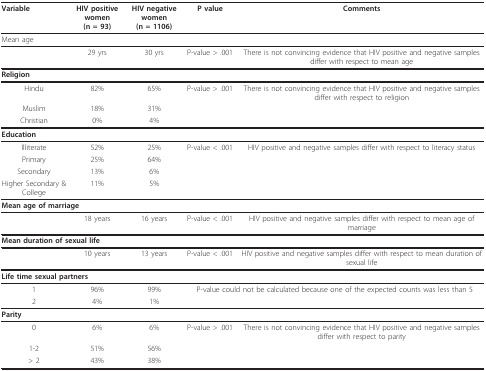
<table><thead><tr><td><b>Variable</b></td><td><b>HIV positive women(n = 93)</b></td><td><b>HIV negative women(n = 1106)</b></td><td><b>P value</b></td><td><b>Comments</b></td></tr></thead><tbody><tr><td colspan="5">Mean age</td></tr><tr><td></td><td>29 yrs</td><td>30 yrs</td><td>P-value &gt; .001</td><td>There is not convincing evidence that HIV positive and negative samples differ with respect to mean age</td></tr><tr><td colspan="5"><b>Religion</b></td></tr><tr><td>Hindu</td><td>82%</td><td>65%</td><td>P-value &gt; .001</td><td>There is not convincing evidence that HIV positive and negative samples differ with respect to religion</td></tr><tr><td>Muslim</td><td>18%</td><td>31%</td><td></td><td></td></tr><tr><td>Christian</td><td>0%</td><td>4%</td><td></td><td></td></tr><tr><td colspan="5"><b>Education</b></td></tr><tr><td>Illiterate</td><td>52%</td><td>25%</td><td>P-value &lt; .001</td><td>HIV positive and negative samples differ with respect to literacy status</td></tr><tr><td>Primary</td><td>25%</td><td>64%</td><td></td><td></td></tr><tr><td>Secondary</td><td>13%</td><td>6%</td><td></td><td></td></tr><tr><td>Higher Secondary &amp; College</td><td>11%</td><td>5%</td><td></td><td></td></tr><tr><td colspan="5"><b>Mean age of marriage</b></td></tr><tr><td></td><td>18 years</td><td>16 years</td><td>P-value &lt; .001</td><td>HIV positive and negative samples differ with respect to mean age of marriage</td></tr><tr><td colspan="5"><b>Mean duration of sexual life</b></td></tr><tr><td></td><td>10 years</td><td>13 years</td><td>P-value &lt; .001</td><td>HIV positive and negative samples differ with respect to mean duration of sexual life</td></tr><tr><td colspan="5"><b>Life time sexual partners</b></td></tr><tr><td>1</td><td>96%</td><td>99%</td><td colspan="2">P-value could not be calculated because one of the expected counts was less than 5</td></tr><tr><td>2</td><td>4%</td><td>1%</td><td></td><td></td></tr><tr><td colspan="5"><b>Parity</b></td></tr><tr><td>0</td><td>6%</td><td>6%</td><td>P-value &gt; .001</td><td>There is not convincing evidence that HIV positive and negative samples differ with respect to parity</td></tr><tr><td>1-2</td><td>51%</td><td>56%</td><td></td><td></td></tr><tr><td>&gt; 2</td><td>43%</td><td>38%</td><td></td><td></td></tr></tbody></table>